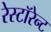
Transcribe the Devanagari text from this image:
रेस्टॉरेन्ट